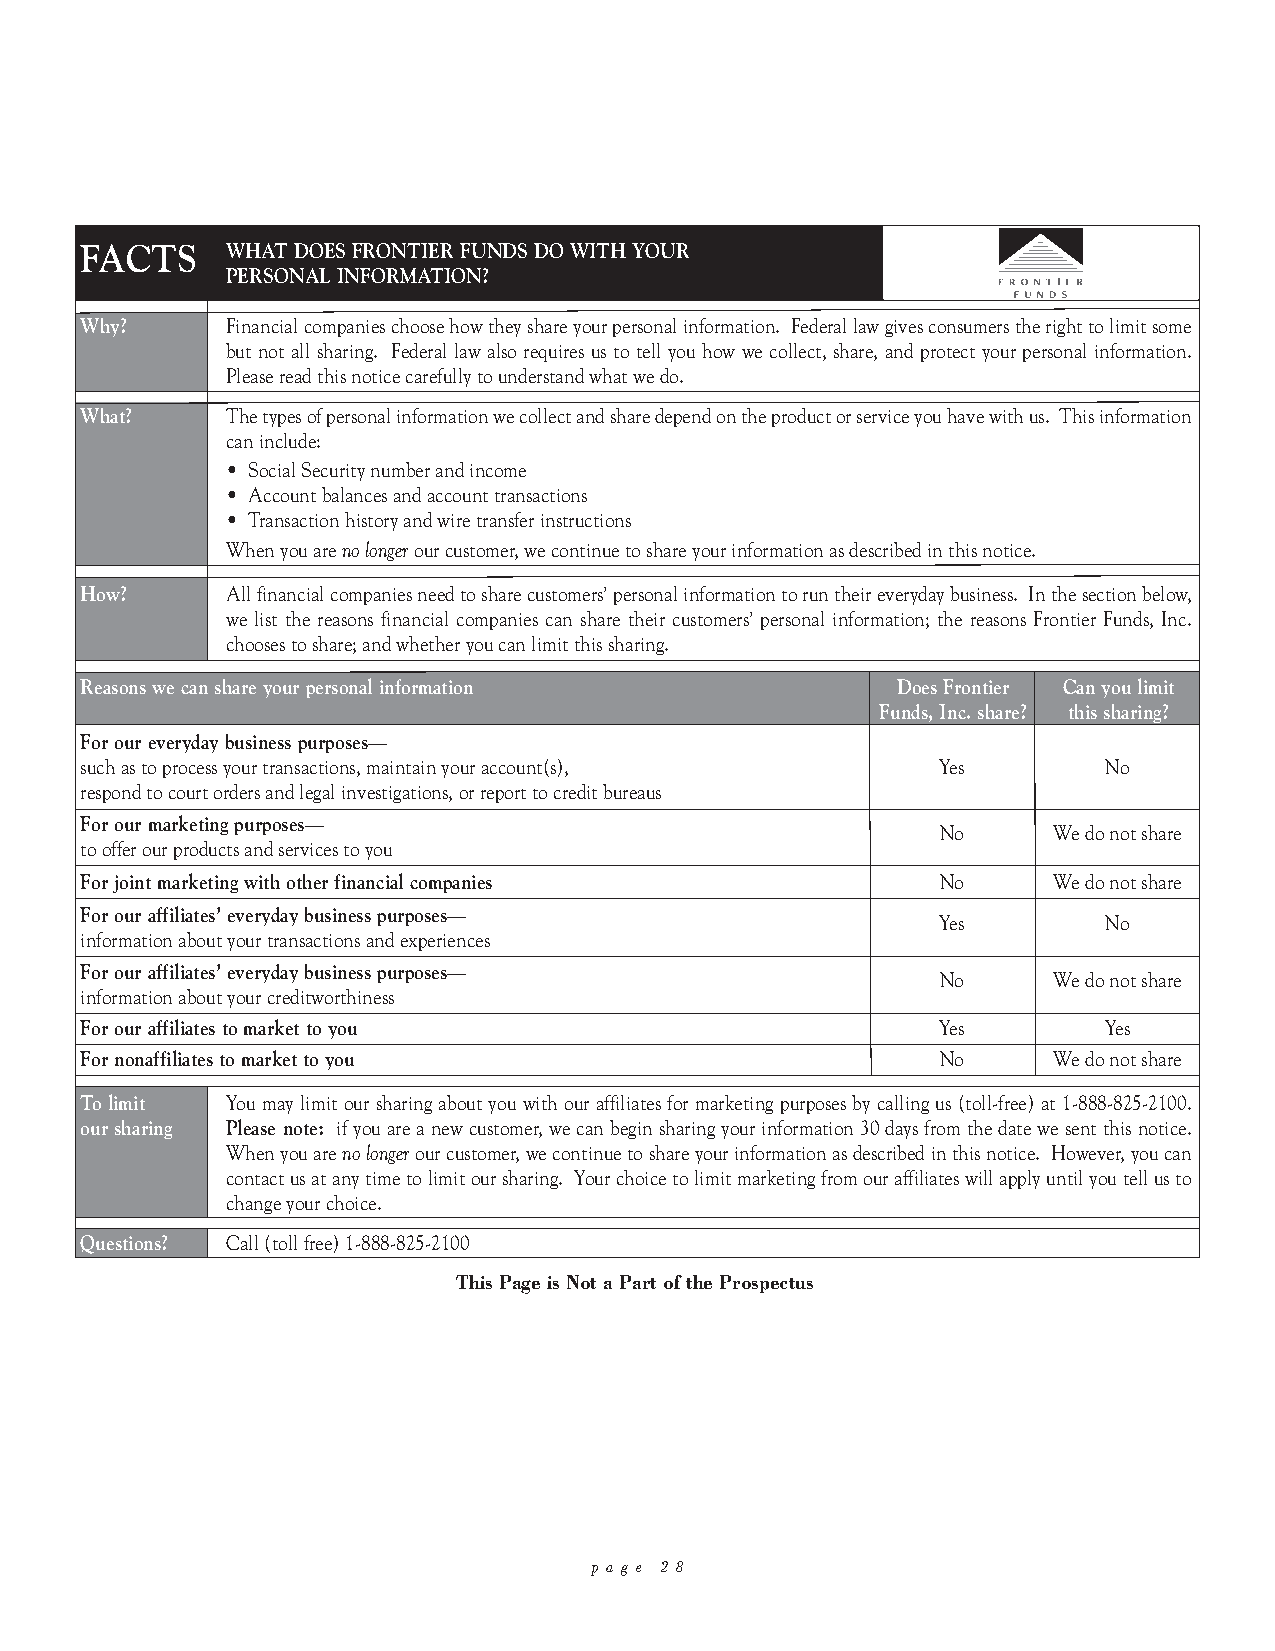
T H E  F U N D A T A  G L A N C E (continued)
 FACTS     WHAT DOES FRONTIER FUNDS DO WITH YOUR
 PERSONAL INFORMATION?
 Why?      Financial companies choose how they share your personal information. Federal law gives consumers the right to limit some
 but not all sharing. Federal law also requires us to tell you how we collect, share, and protect your personal information.
 Please read this notice carefully to understand what we do.
 What?     The types of personal information we collect and share depend on the product or service you have with us. This information
 can include:
 • Social Security number and income
 • Account balances and account transactions
 • Transaction history and wire transfer instructions
 When you are no longerour customer, we continue to share your information as described in this notice.
 How?      All financial companies need to share customers’ personal information to run their everyday business. In the section below,
 we list the reasons financial companies can share their customers’ personal information; the reasons Frontier Funds, Inc.
 chooses to share; and whether you can limit this sharing.
 Reasons we can share your personal information        Does Frontier Can you limit
 Funds, Inc. share? this sharing?
 For our everyday business purposes—
 such as to process your transactions, maintain your account(s), Yes No
 respond to court orders and legal investigations, or report to credit bureaus
 For our marketing purposes—
 No      We do not share
 to offer our products and services to you
 For joint marketing with other financial companies       No      We do not share
 For our affiliates’ everyday business purposes—
 Yes        No
 information about your transactions and experiences
 For our affiliates’ everyday business purposes—
 No      We do not share
 information about your creditworthiness
 For our affiliates to market to you                      Yes        Yes
 For nonaffiliates to market to you                       No      We do not share
 To limit  You may limit our sharing about you with our affiliates for marketing purposes by calling us (toll-free) at 1-888-825-2100.
 our sharing Please note: if you are a new customer, we can begin sharing your information 30 days from the date we sent this notice.
 When you are no longerour customer, we continue to share your information as described in this notice. However, you can
 contact us at any time to limit our sharing. Your choice to limit marketing from our affiliates will apply until you tell us to
 change your choice.
 Questions? Call (toll free) 1-888-825-2100
 This Page is Not a Part of the Prospectus
 p a g e 2 8